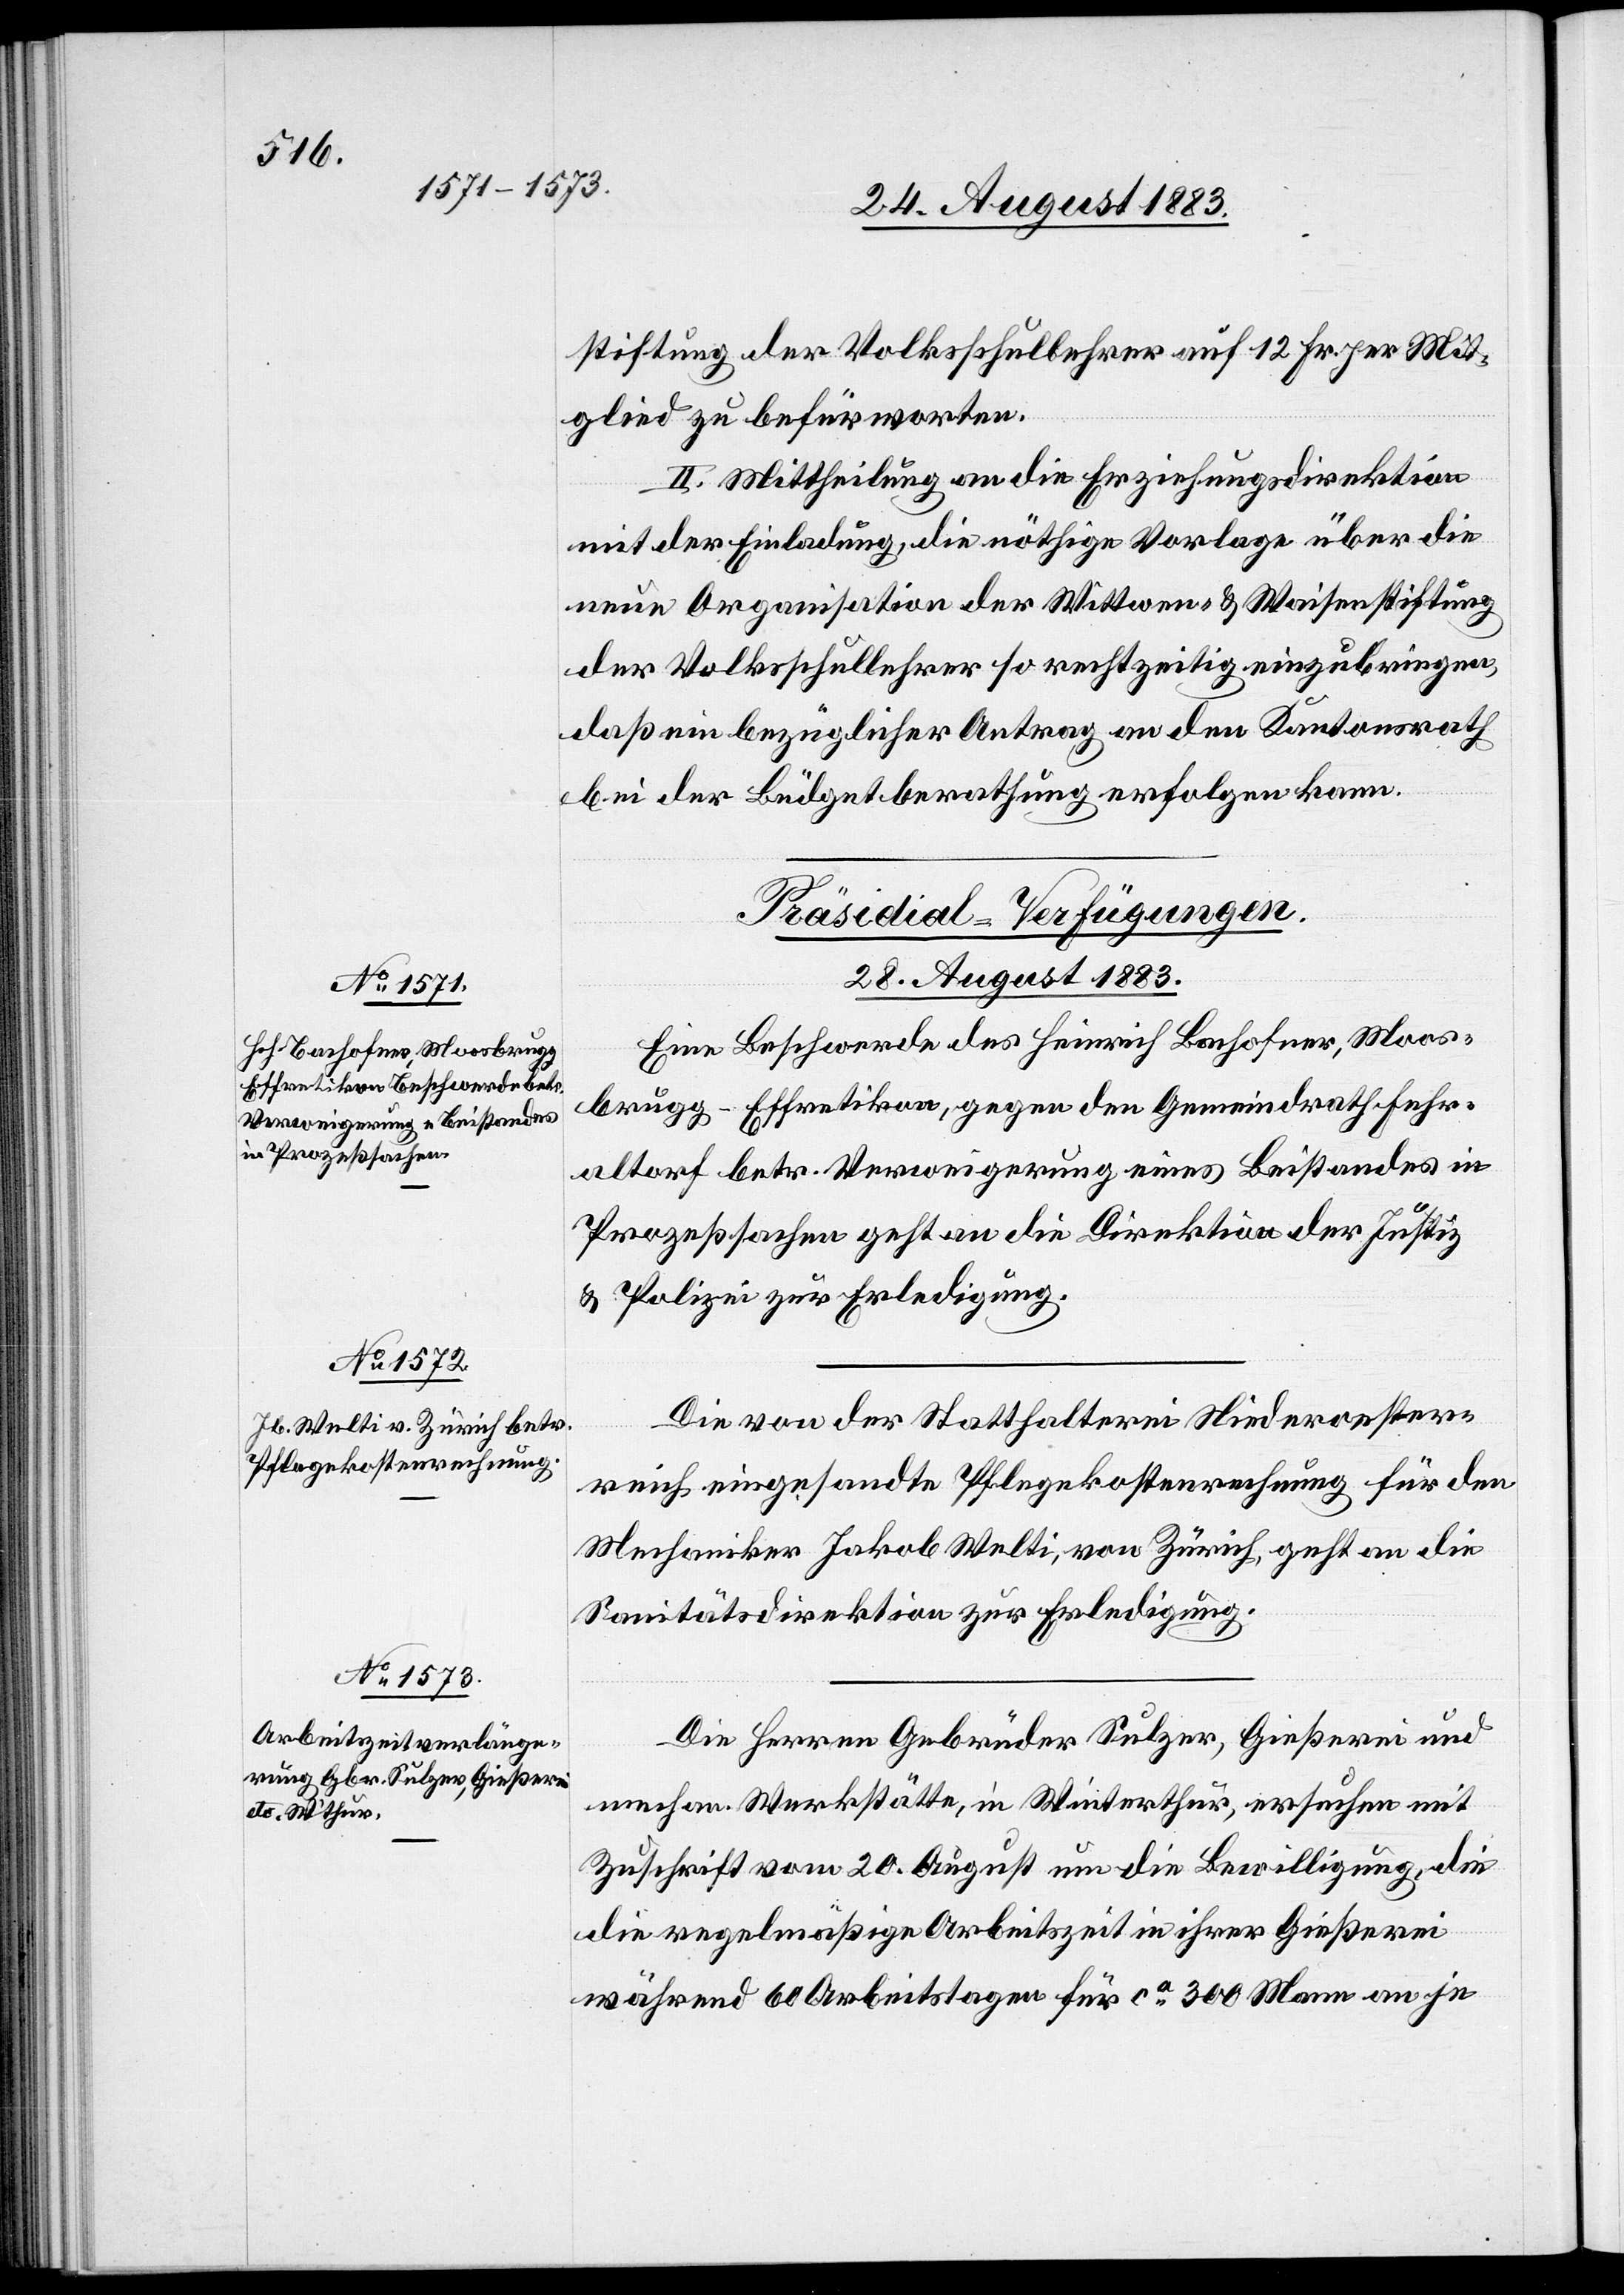
stiftung der Volksschullehrer auf 12 Fr. per Mit¬
glied zu befürworten.
II. Mittheilung an die Erziehungsdirektion
mit der Einladung, die nöthige Vorlage über die
neue Organisation der Wittwen- & Waisenstiftung
der Volksschullehrer so rechtzeitig einzubringen,
daß ein bezüglicher Antrag an den Kantonsrath
bei der Büdgetberathung erfolgen kann.
[Präsidial-Verfügungen.
28. August 1883.]
Eine Beschwerde des Heinrich Bachofner, Moos¬
brugg - Effretikon, gegen den Gemeindrath Fehr¬
altorf betr. Verweigerung eines Beistandes in
Prozeßsachen geht an die Direktion der Justiz
& Polizei zur Erledigung.
Die von der Statthalterei Niederoester¬
reich eingesandte Pflegekostenrechnung für den
Mechaniker Jakob Welti, von Zürich, geht an die
Sanitätsdirektion zur Erledigung.
Die Herren Gebrüder Sulzer, Gießerei und
mechan. Werkstätte, in Winterthur, ersuchen mit
Zuschrift vom 20. August um die Bewilligung, die
[sic!] regelmäßige Arbeitszeit in ihrer Gießerei
während 60 Arbeitstagen für ca 300 Mann an je